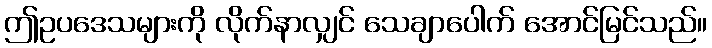
ဤဥပဒေသများကို လိုက်နာလျှင် သေချာပေါက် အောင်မြင်သည်။